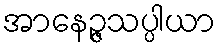
အာနေဉ္ဇသပ္ပါယာ